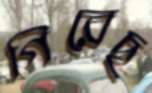
গিরেছ